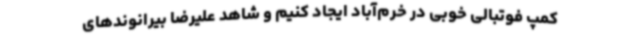
کمپ فوتبالی خوبی در خرم‌آباد ایجاد کنیم و شاهد علیرضا بیرانوندهای